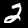
Label: 2